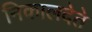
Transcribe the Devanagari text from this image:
निकालदेते